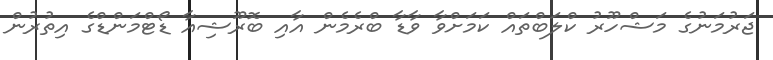
ޖަރުމަނުގެ މަޝްހޫރު ކްލަބްތައް ކަމަށްވާ ވާޑާ ބްރެމެން އާއި ބޮރޫޝިއާ ޑޯޓްމަންޑްގެ އިތުރުން